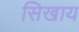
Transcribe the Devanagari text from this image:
सिखाय